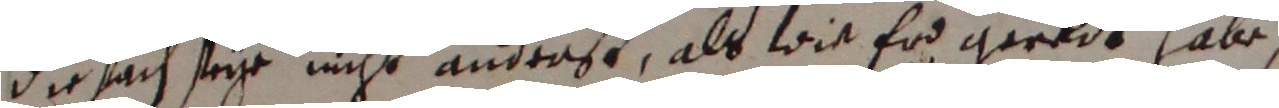
diesach seiye nicht anderst, als wie erd geredt habe,